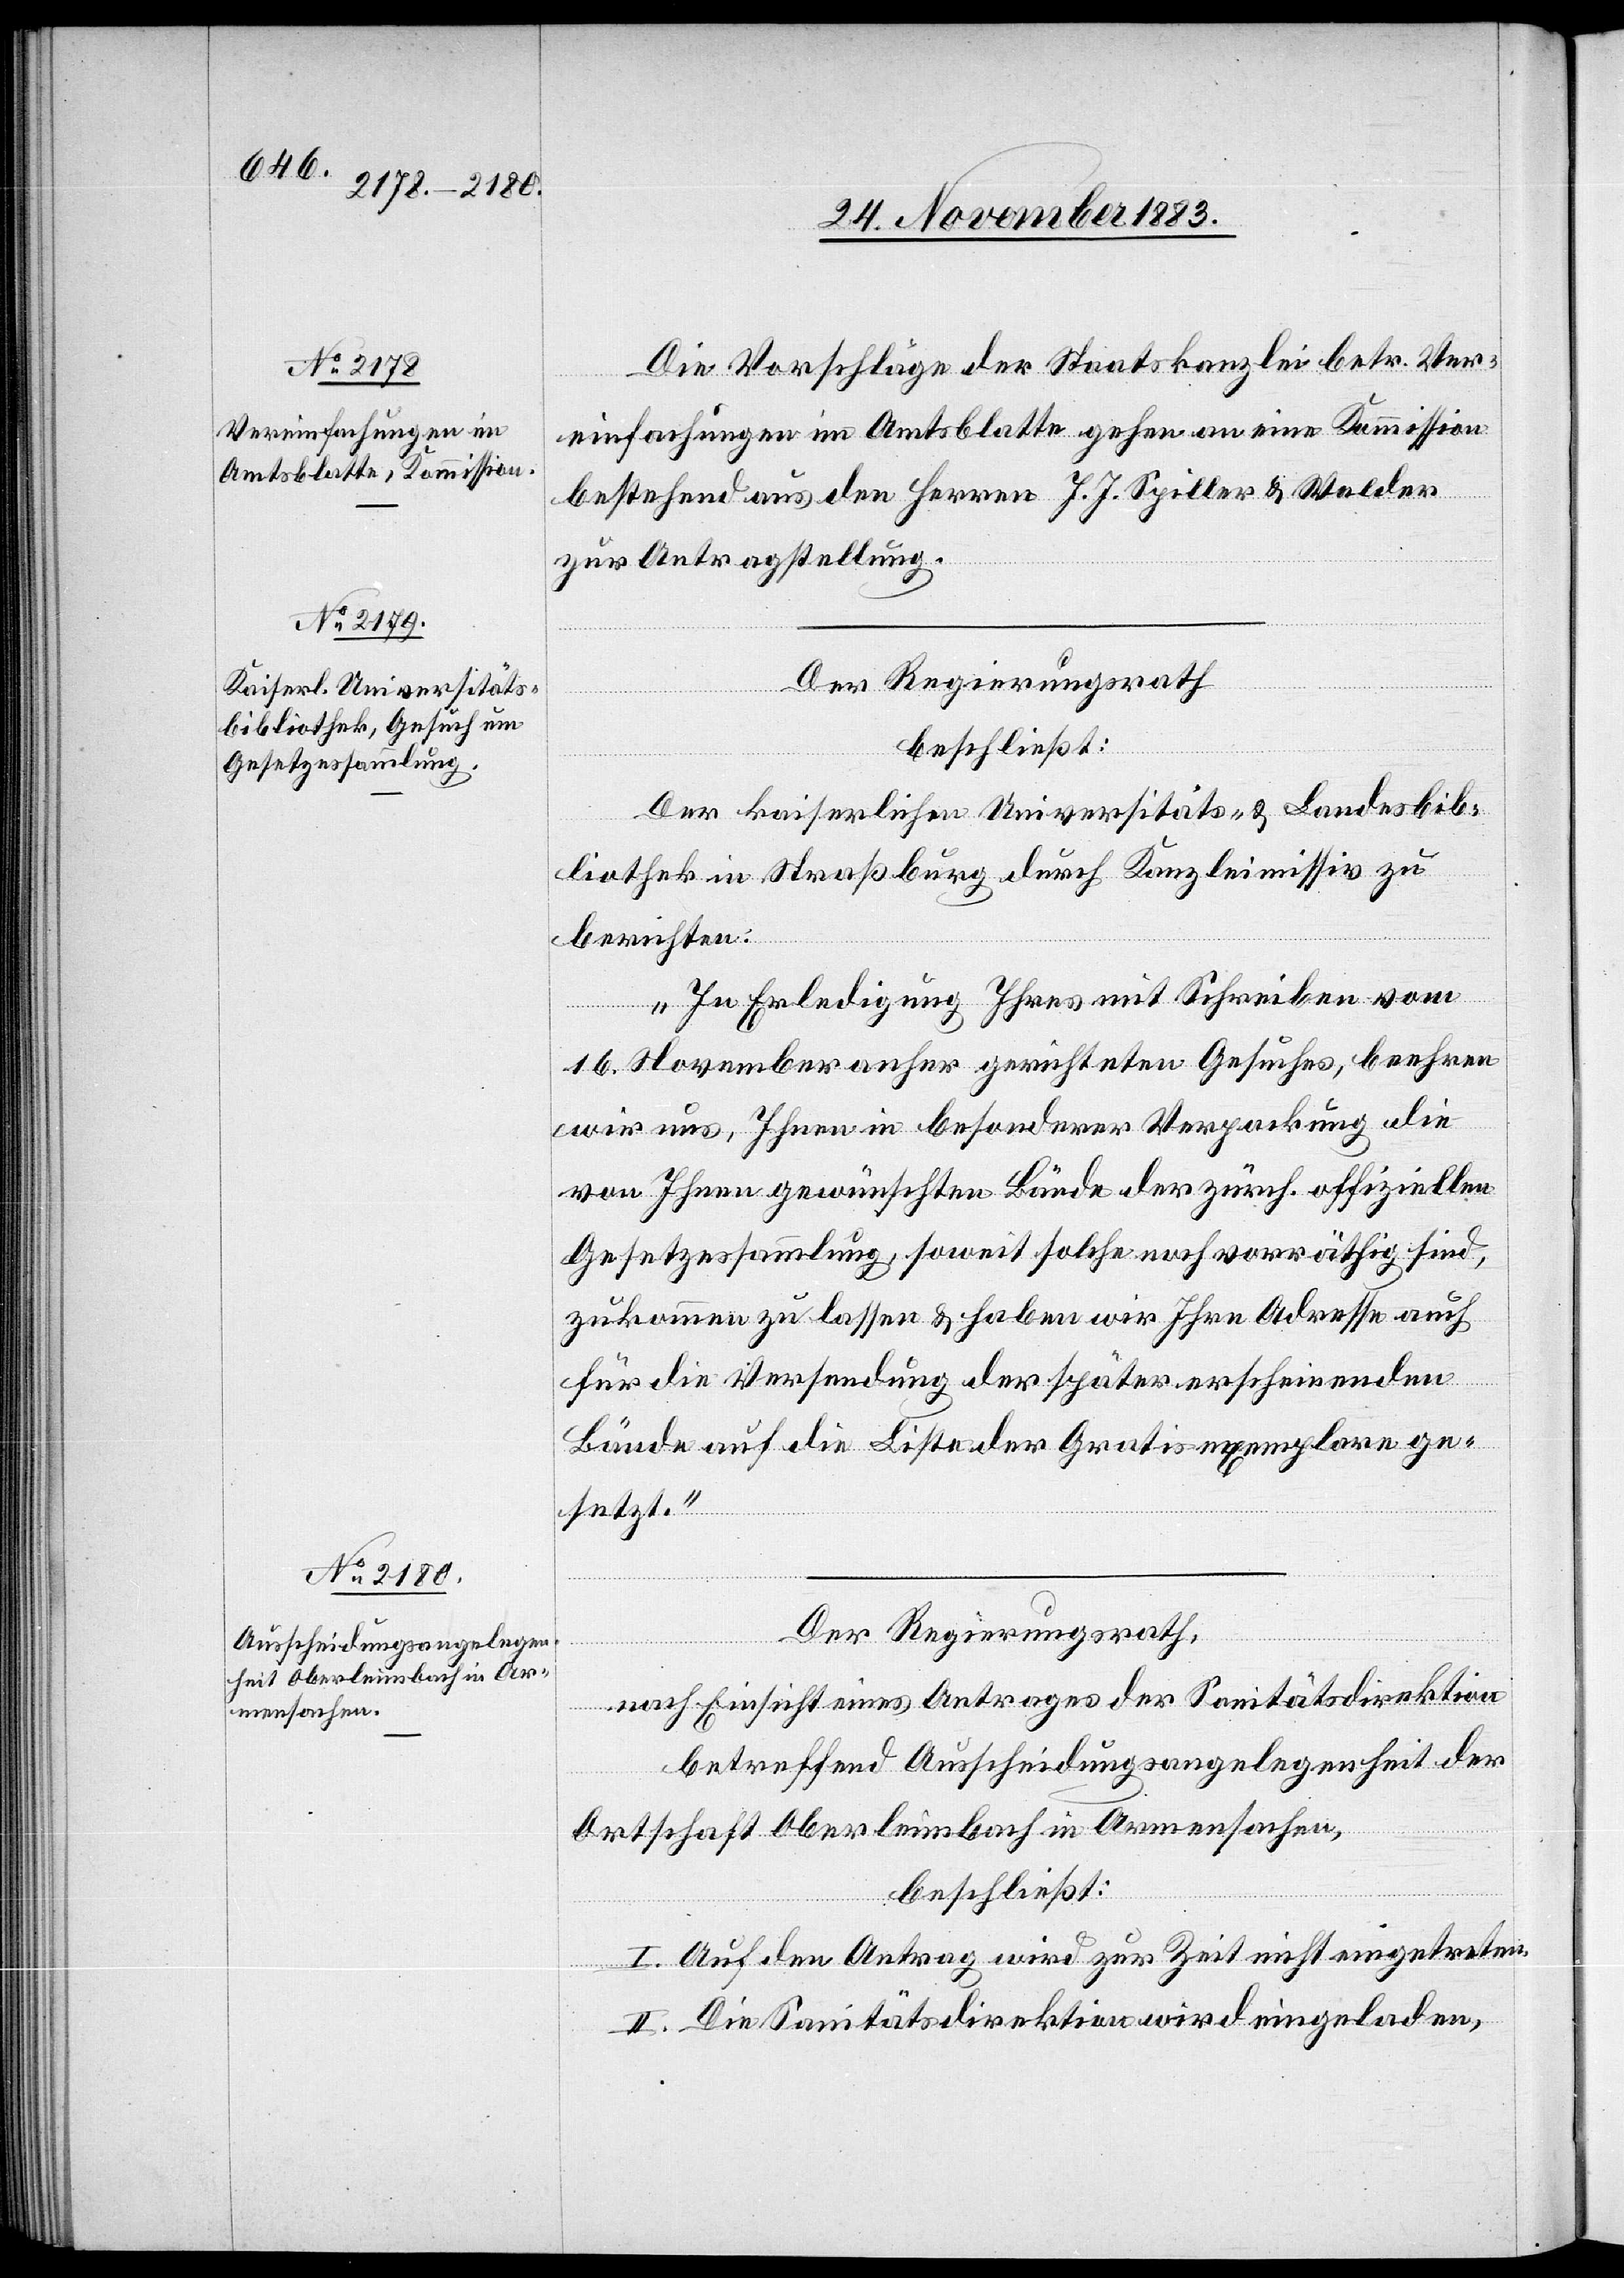
Die Vorschläge der Staatskanzlei betr. Ver¬
einfachungen im Amtsblatte gehen an eine Kommission
bestehend aus den Herren J. J. Spiller & Walder
zur Antragstellung.
Der Regierungsrath
beschließt:
Der kaiserliche universitäts- & Landesbib¬
liothek in Straßburg durch Kanzleimissiv zu
berichten.
„In Erledigung Ihres mit Schreiben vom
16. November anher gerichteten Gesuches, beehren
wir uns, Ihnen in besonderer Verpackung die
von Ihnen gewünschten Bände der zürch. offiziellen
Gesetzessammlung soweit solche noch vorräthig sind,
zukommen zu lassen & haben wir Ihre Adresse auch
für die Versendung der später erscheinenden
Bände auf die Liste der Gratisexemplare ge¬
setzt.“
Der Regierungsrath,
nach Einsicht eines Antrages der Sanitätsdirektion
betreffend Ausscheidungsangelegenheit der
Ortschaft Oberleimbach in Armensachen,
beschließt:
I. Auf den Antrag wird zur Zeit nicht eingetreten.
II. Die Sanitätsdirektion wird eingeladen,